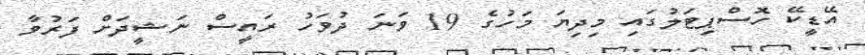
އޭޑީކޭ ހޮސްޕިޓަލުގައި މިދިޔަ މަހުގެ 19 ވަނަ ދުވަހު ރައީސް ނަޝީދަށް ފަރުވާ